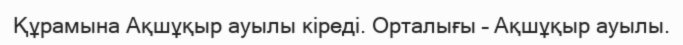
Құрамына Ақшұқыр ауылы кіреді. Орталығы – Ақшұқыр ауылы.